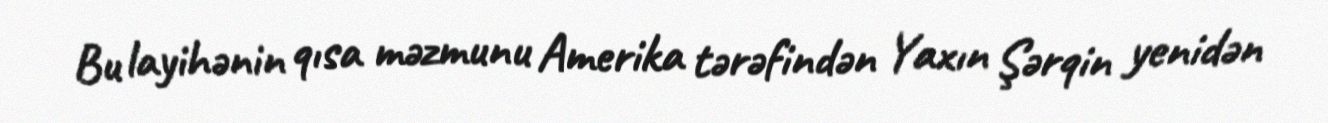
Bu layihənin qısa məzmunu Amerika tərəfindən Yaxın Şərqin yenidən